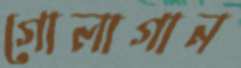
গোলাগান